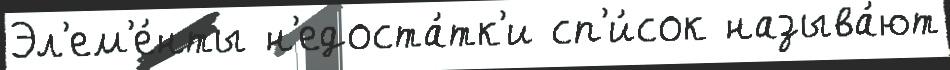
Эл'ем'е́нты н'едоста́тк'и сп'и́сок называ́ют